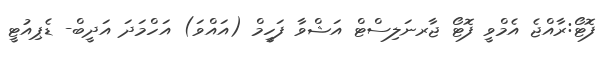
ފޮޓޯ:ރާއްޖެ އެމްވީ ފޮޓޯ ޖާރނަލިސްޓް އަޝްވާ ފަހީމް (އައްވަ) އަހްމަދަ އަދީބް- ޑެޕިއުޓީ